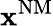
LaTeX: \mathbf{x}^{\mathrm{{NM}}}